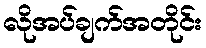
လိုအပ်ချက်အတိုင်း